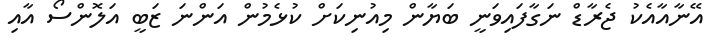
އޭނާއާއެކު ޖެރާޑް ނަގާފައިވަނީ ބަޔާން މިއުނިކަށް ކުޅެމުން އަންނަ ޒަބީ އަލޮންސޯ އާއި